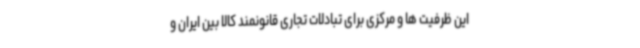
این ظرفیت ها و مرکزی برای تبادلات تجاری قانونمند کالا بین ایران و